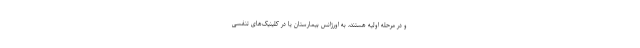
و در مرحله اولیه هستند، به اورژانس بیمارستان یا در کلینیک‌های تنفسی